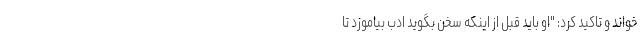
خواند و تاکید کرد: "او باید قبل از اینکه سخن بگوید ادب بیاموزد تا